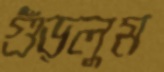
গুঁড়লুম